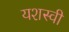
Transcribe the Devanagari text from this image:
यशस्‍वी